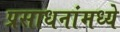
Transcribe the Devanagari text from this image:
प्रसाधनांमध्ये